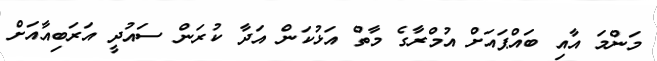
މަންމަ އާއި ބައްޕައަށް އުމްރާގެ މާތް އަޅުކަން އަދާ ކުރަން ސައުދީ އަރަބިއާއަށް